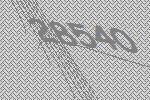
28540